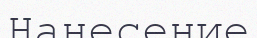
Нанесение